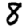
Digit: 8